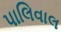
પાલિવાલ